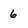
Character: 6